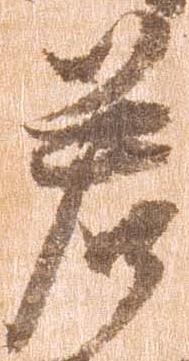
若